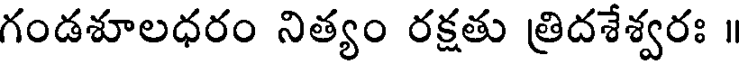
గండశూలధరం నిత్యం రక్షతు త్రిదశేశ్వరః ॥